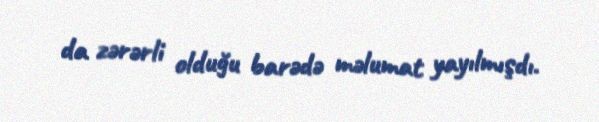
da zərərli olduğu barədə məlumat yayılmışdı.